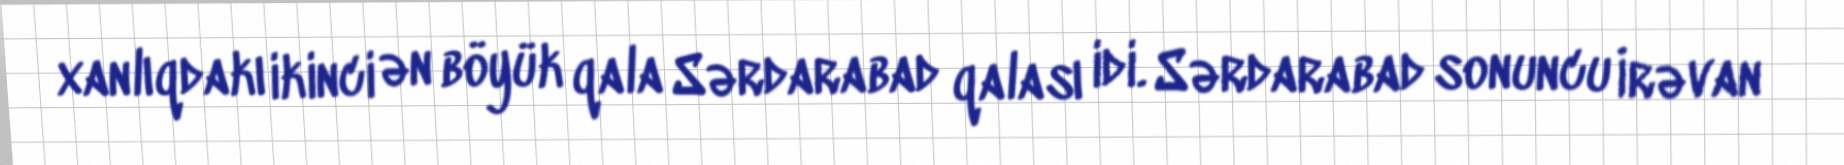
xanlıqdakı ikinci ən böyük qala Sərdarabad qalası idi. Sərdarabad sonuncu İrəvan